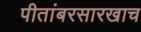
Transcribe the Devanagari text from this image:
पीतांबरसारखाच